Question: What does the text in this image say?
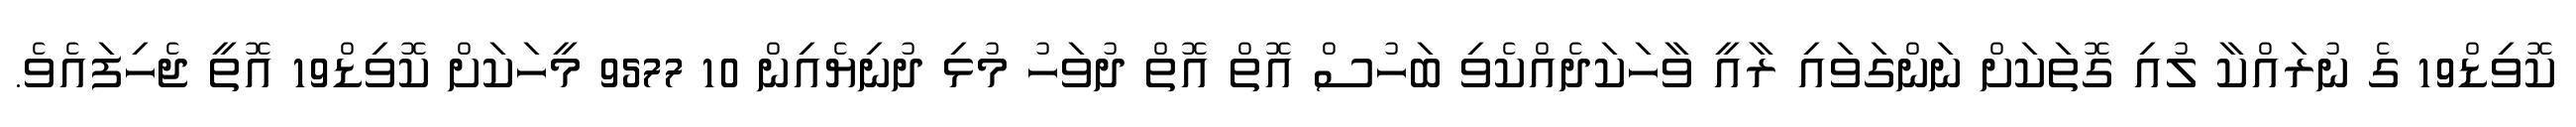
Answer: ކޮވިޑް19 ގެ ނުރައްކާ ލުއި ގޮތަކަށް ނަންގަވައި ރާއީ ވާހަކަދެއްކެވި ބަހުސް އޮތް އޮތް ދުވަހު މުޅި ދުނިޔެއިން 10 9577 މީހަކަށް ކޮވިޑް19 އޮތީ ޖެހިފައެވެ.